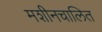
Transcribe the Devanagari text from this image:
मशीनचालित